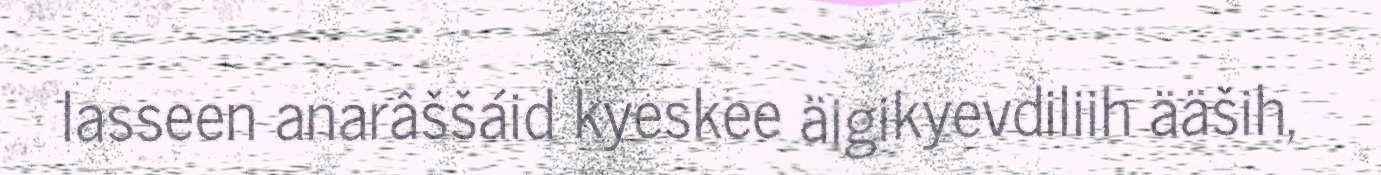
lasseen anarâššáid kyeskee äigikyevdiliih ääših,